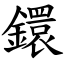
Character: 鐶